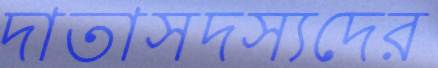
দাতাসদস্যদের